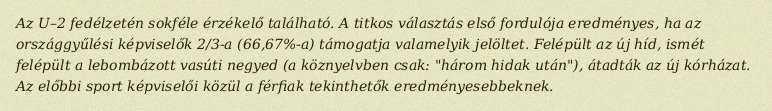
Az U–2 fedélzetén sokféle érzékelő található. A titkos választás első fordulója eredményes, ha az országgyűlési képviselők 2/3-a (66,67%-a) támogatja valamelyik jelöltet. Felépült az új híd, ismét felépült a lebombázott vasúti negyed (a köznyelvben csak: "három hidak után"), átadták az új kórházat. Az előbbi sport képviselői közül a férfiak tekinthetők eredményesebbeknek.